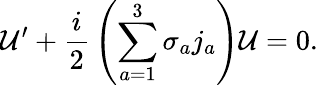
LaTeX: {\cal U}^{\prime}+{\frac{i}{2}}\left(\sum_{a=1}^{3}\sigma_{a}j_{a}\right){\cal U}=0.